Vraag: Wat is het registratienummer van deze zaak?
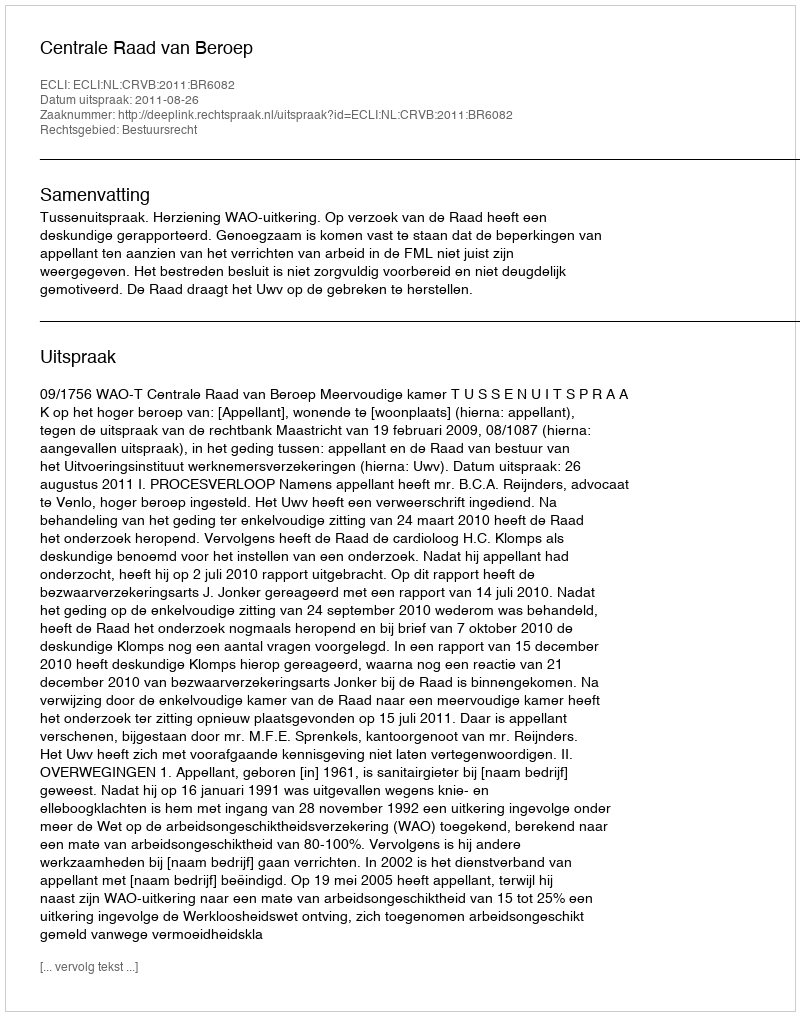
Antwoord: http://deeplink.rechtspraak.nl/uitspraak?id=ECLI:NL:CRVB:2011:BR6082